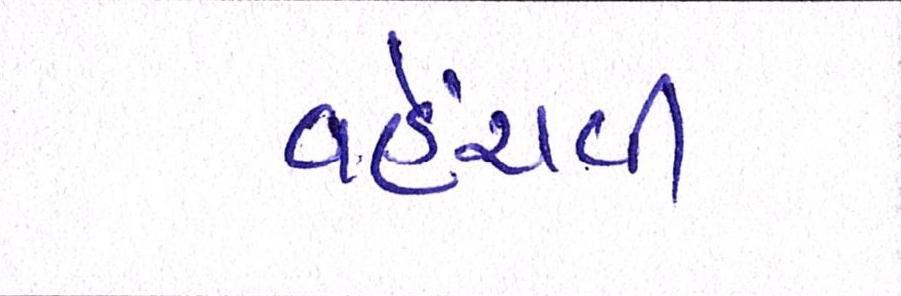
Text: વહેંચવી